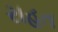
રાહત